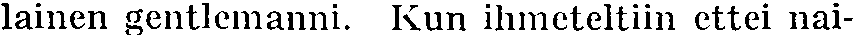
lainen gentlemanni. Kun ihmeteltiin ettei nai-